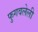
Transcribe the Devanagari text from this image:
फुगवलेली